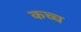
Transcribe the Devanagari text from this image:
कच्च